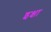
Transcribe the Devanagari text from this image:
इक्षा